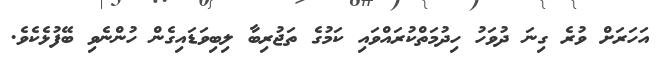
އަހަރަށް ވުރެ ގިނަ ދުވަހު ހިދުމަތްކުރައްވައި ކަމުގެ ތަޖުރިބާ ލިބިވަޑައިގެން ހުންނެވި ބޭފުޅެކެވެ.